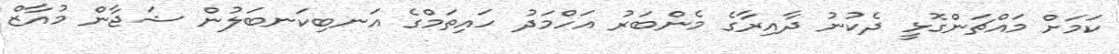
ކަމަށް މައްޗަންގޮޅީ ދެކުނު ދާއިރާގެ މެންބަރު އަހްމަދު ހައިތަމްގެ އަނބިކަނބަލުން ޝަޖާން މުއާޒް